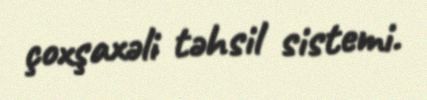
çoxşaxəli təhsil sistemi.